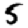
Digit: 5